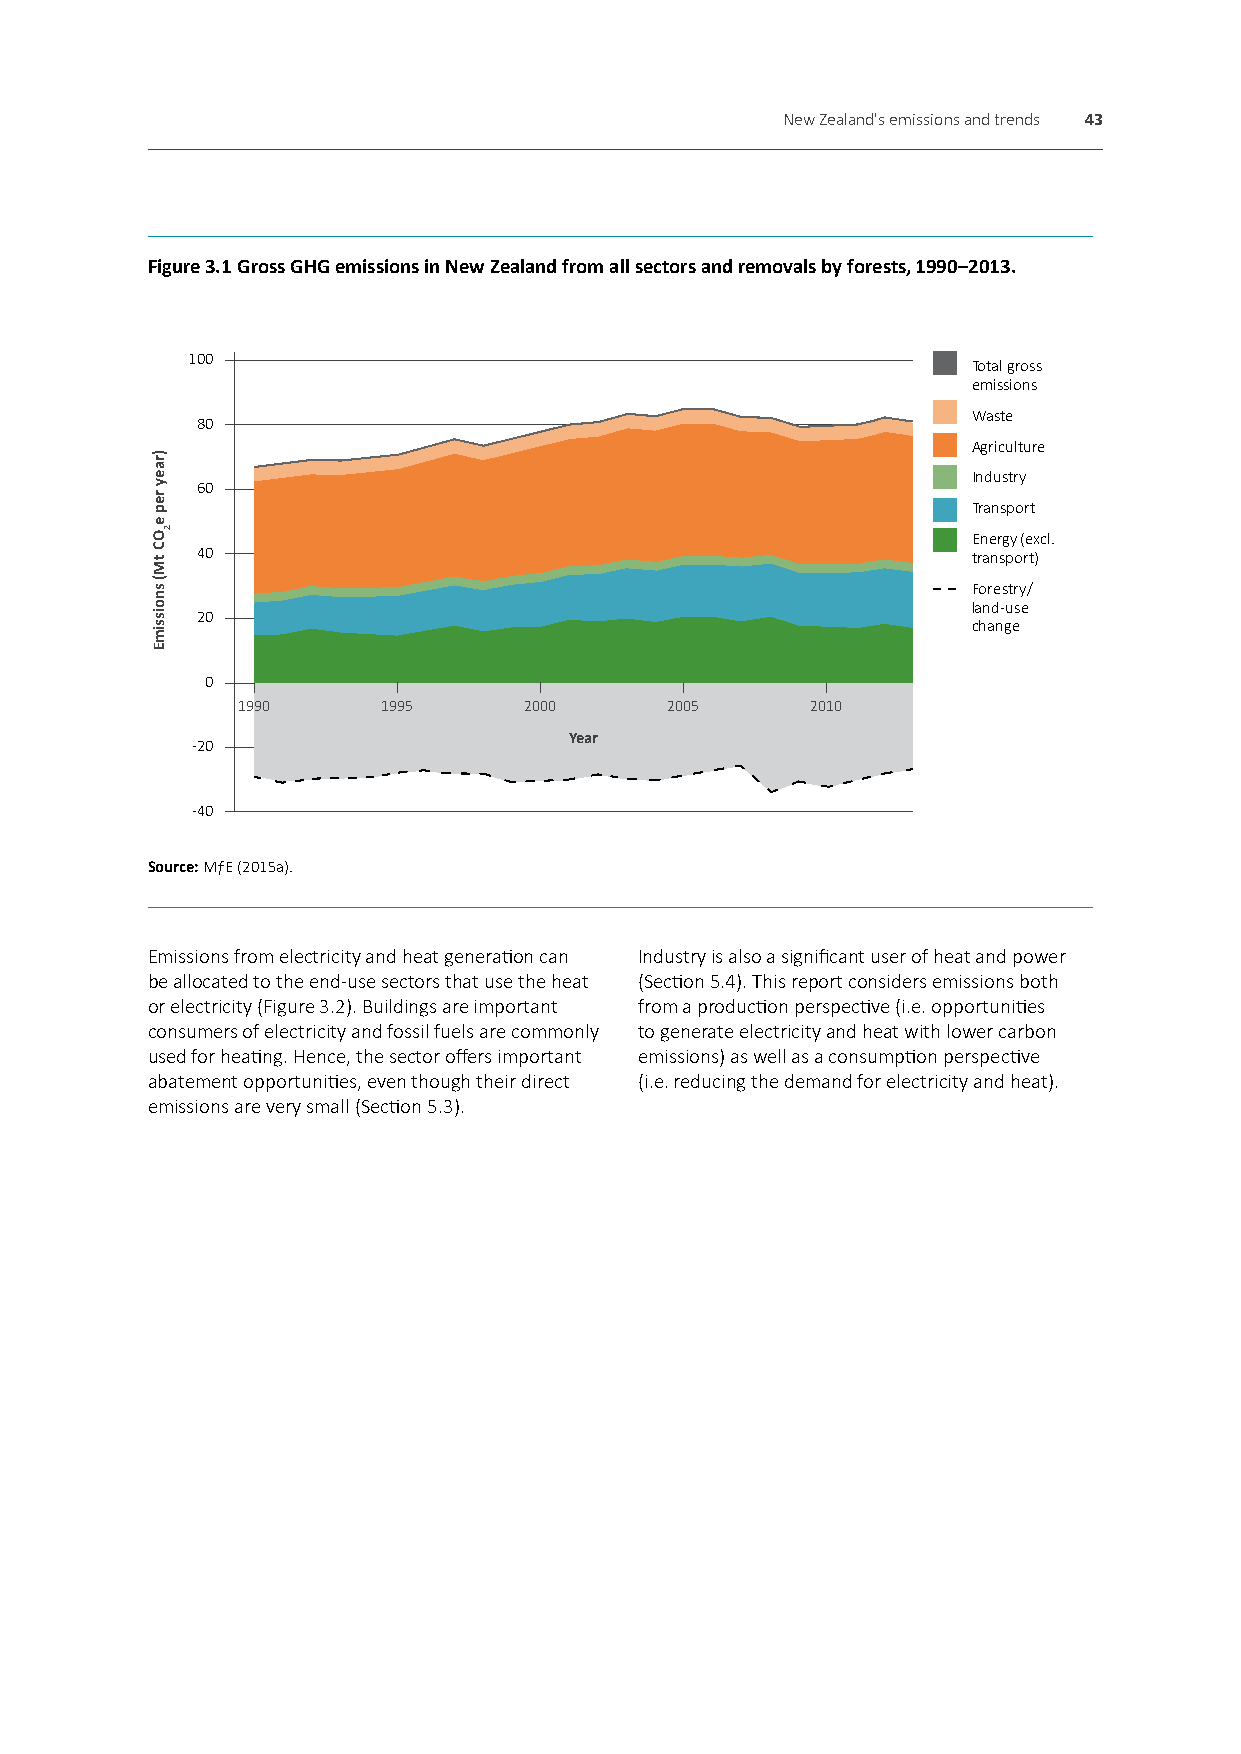
New Zealand's emissions and trends 43
 Figure 3.1 Gross GHG emissions in New Zealand from all sectors and removals by forests, 1990–2013.
 100
 Total gross
 emissions
 Waste
 80
 Agriculture
 Industry
 60
 Transport
 Energy (excl.
 40                                                 transport)
 Forestry/
 land-use
 20
 change
 0
 1990     1995      2000     2005      2010
 -20                      Year
 -40
 Source: MƒE (2015a).
 Emissions from electricity and heat generation can Industry is also a significant user of heat and power
 be allocated to the end-use sectors that use the heat (Section 5.4). This report considers emissions both
 or electricity (Figure 3.2). Buildings are important from a production perspective (i.e. opportunities
 consumers of electricity and fossil fuels are commonly to generate electricity and heat with lower carbon
 used for heating. Hence, the sector offers important emissions) as well as a consumption perspective
 abatement opportunities, even though their direct (i.e. reducing the demand for electricity and heat).
 emissions are very small (Section 5.3).
 )raey
 rep
 eOC
 tM(
 snoissimE
 2